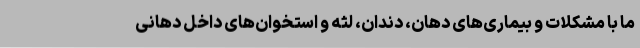
ما با مشکلات و بیماری‌های دهان، دندان، لثه و استخوان‌های داخل دهانی